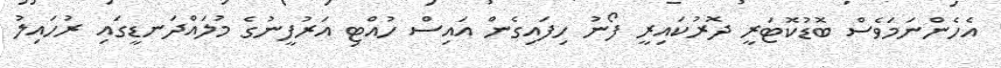
އެހެންނަމަވެސް ބޮޑުކޮޓަރީ ދޮރުކައިރީ ފޯނު ހިފައިގެން އައިސް ހުއްޓި އަރުފީނުގެ މުލައްދަނޑީގައި ރުހައިލު